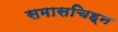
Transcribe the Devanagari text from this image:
समासचिह्न